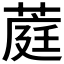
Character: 𬝪